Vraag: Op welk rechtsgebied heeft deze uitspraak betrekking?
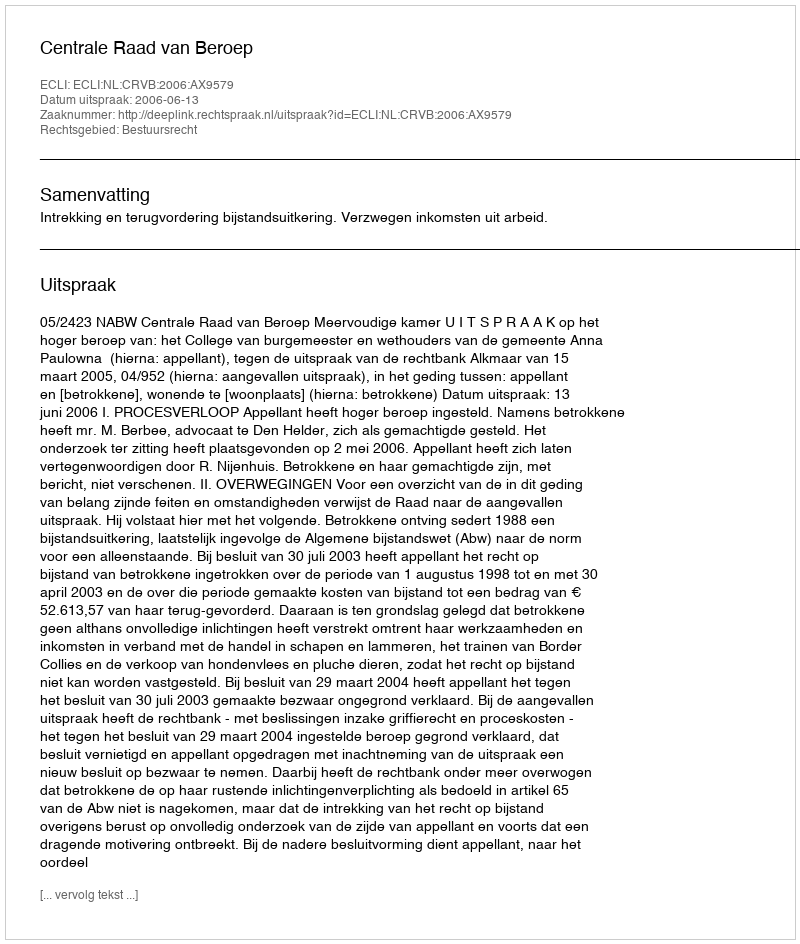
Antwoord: Bestuursrecht